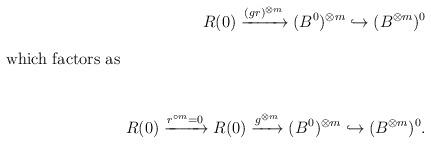
LaTeX: \begin{align*} R(0)\xrightarrow{(gr)^{\otimes m}} (B^{0})^{\otimes m}\hookrightarrow (B^{\otimes m})^{0}\\\intertext{which factors as}\\R(0)\xrightarrow{r^{\circ m}=0}R(0)\xrightarrow{g^{\otimes m}} (B^{0})^{\otimes m}\hookrightarrow (B^{\otimes m})^{0}.\end{align*}